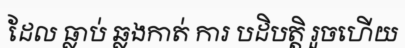
ដែល ធ្លាប់ ឆ្លងកាត់ ការ បដិបត្តិ រួចហើយ